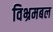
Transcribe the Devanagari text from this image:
विभ्रमबल